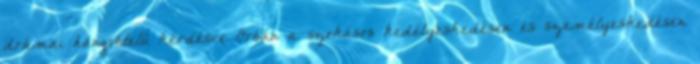
drámai hangvételű kérdésre Orbán a szokásos kedélyeskedésen és személyeskedésen